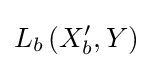
L_{b}\left(X_{b}^{\prime },Y\right)